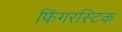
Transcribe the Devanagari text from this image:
फिंगरस्टिक